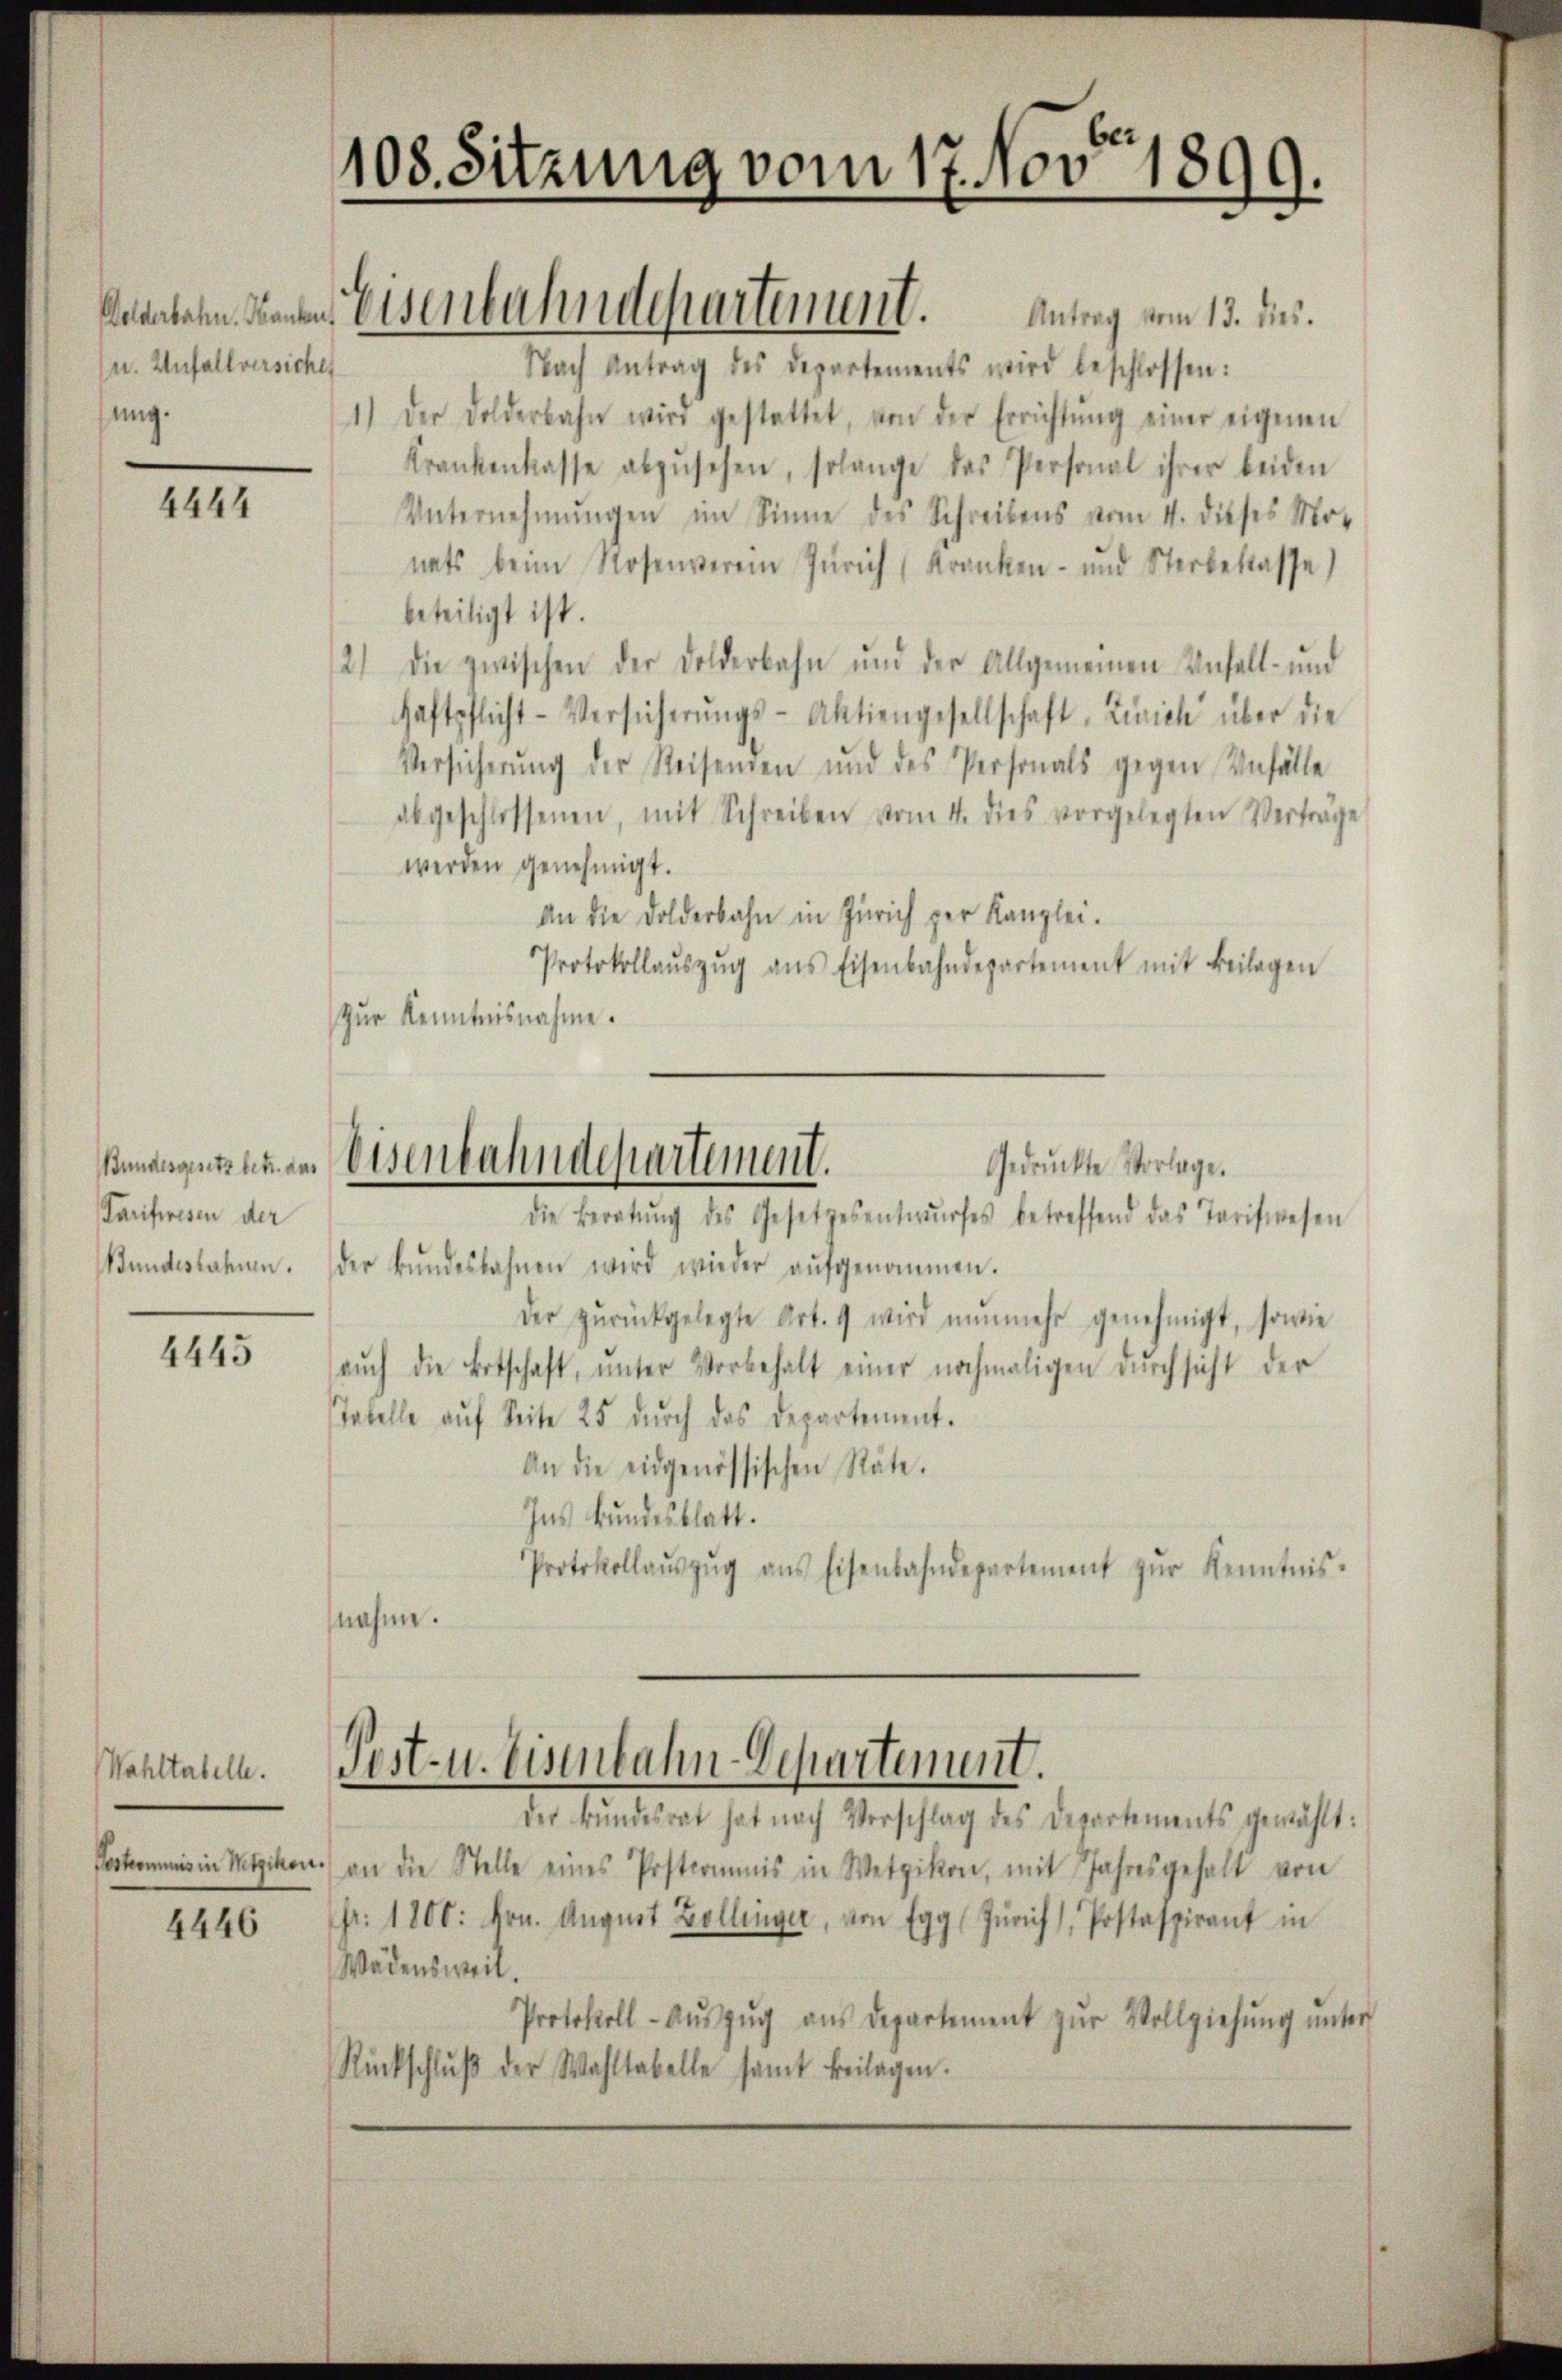
u. Anfallversichen
ung.

4444

Tarifwesen der
Bundeslahmen.

4445

Wahltabelle.
Peskommnis in Wetzikon

4446

108. Sitzung vom 17. Nov 1899.

Nach Antrag des Departements wird beschlossen:
1.) Der Dolderbahn wird gestattet, von der Errichtŭng einer eigenen
Krankenkasse abzŭsehen, solange das Personal ihrer beiden
Unternehmungen im Sinne des Schreibens vom 4. dieses Mor
nats beim Rosenverein Zürich (Kranken- und Sterbeklasse)
beteiligt ist.
2) die zwischen der Dolderbahn und der Allgemeinen Unfall- und
Haftpflicht-Versicherŭngs-Aktiengesellschaft Zürich über die
Versicherŭng der Reisenden und des Personals gegen Unfälle
abgeschlossenen, mit Schreiben vom 4. dies vorgelegten Verträge
werden genehmigt.
An die Dolderbahn in Zürich per Kanzlei.
Protokollaŭszŭg ans Eisenbahndepartement mit Beilagen
Zur Kenntnisnahme.

Ansbahn denen Eisenbahndepartement. Antrag vom 13. ds.

Bundesgestanden Eisenbahndepartement.
Gedruckte Vorlage.

die Beratŭng des Gesetzesentwŭrfes betreffend das Tarifwesen
der Bŭndesbahnen wird wieder aŭfgenommen.
der zŭrückgelegte Art. 9 wird nŭnmehr genehmigt, sowie
aŭch die Ertschaft, ŭnter Vorbehalt einer nochmaligen durchsicht der
Tabelle aŭf Seite 25 dŭrch das Departement.
An die eidgenössischen Räte.
Ins Bundesblatt.
Protokollaŭszŭg ans Eisenbahndepartement zŭr Kenntnis.
nahme.

Pest- u. Eisenbahn-Departement.

der Bŭndesrat hat nach Vorschlag des Departements gewählt:
) an die Stelle eines Postcommis in Wetzikon, mit Jahresgehalt von
fr. 1800. Hrn. August Zollinger, von Egg (Zürich, Postaspirant in
Wädensweil.
Protokoll-Aŭszŭg aŭs departement zŭr Vollziehŭng ŭnter
Rückschlŭβ der Wahltabelle samt Beilagen.